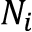
N _ { i }